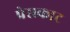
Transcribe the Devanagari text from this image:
प्रेसकाट